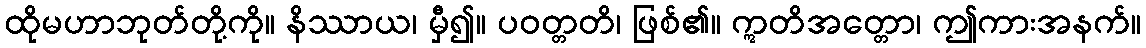
ထိုမဟာဘုတ်တို့ကို။ နိဿာယ၊ မှီ၍။ ပဝတ္တတိ၊ ဖြစ်၏။ ဣတိအတ္တော၊ ဤကားအနက်။